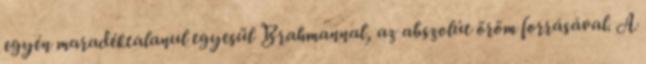
egyén maradéktalanul egyesül Brahmannal, az abszolút öröm forrásával. A